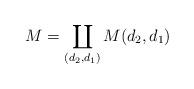
LaTeX: \begin{align*}M= \coprod_{(d_2,d_1)} M(d_2,d_1)\end{align*}